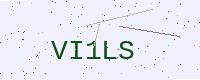
Text: VI1LS